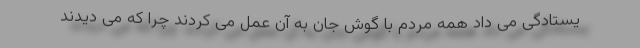
یستادگی می داد همه مردم با گوش جان به آن عمل می کردند چرا که می دیدند